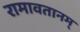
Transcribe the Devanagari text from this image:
रामावतानम्‌